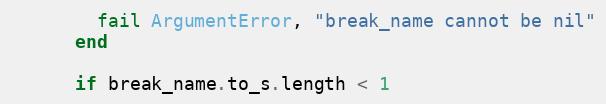
Language: Ruby
        fail ArgumentError, "break_name cannot be nil"
      end

      if break_name.to_s.length < 1